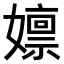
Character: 𫲃